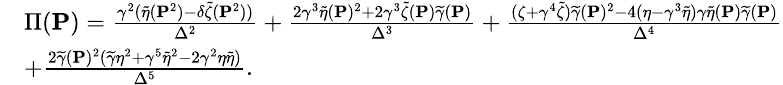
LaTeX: \small\begin{array}{rl}&{\Pi({\mathbf{P}})=\frac{\gamma^{2}(\widetilde{\eta}({\mathbf{P}}^{2})-\delta\widetilde{\zeta}({\mathbf{P}}^{2}))}{\Delta^{2}}+\frac{2\gamma^{3}\widetilde{\eta}({\mathbf{P}})^{2}+2\gamma^{3}\widetilde{\zeta}({\mathbf{P}})\widetilde{\gamma}({\mathbf{P}})}{\Delta^{3}}+\frac{(\zeta+\gamma^{4}\widetilde{\zeta})\widetilde{\gamma}({\mathbf{P}})^{2}-4(\eta-\gamma^{3}\widetilde{\eta})\gamma\widetilde{\eta}({\mathbf{P}})\widetilde{\gamma}({\mathbf{P}})}{\Delta^{4}}}\\ &{+\frac{2\widetilde{\gamma}({\mathbf{P}})^{2}(\widetilde{\gamma}\eta^{2}+\gamma^{5}\widetilde{\eta}^{2}-2\gamma^{2}\eta\widetilde{\eta})}{\Delta^{5}}.}\end{array}